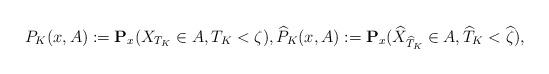
LaTeX: \begin{align*}P_K(x,A):=\mathbf{P}_x(X_{T_K}\in A, T_K<\zeta),\widehat{P}_K(x,A):=\mathbf{P}_x(\widehat{X}_{\widehat{T}_K}\in A, \widehat{T}_K<\widehat{\zeta}),\end{align*}